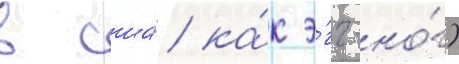
в сша́ ка́к э́гг-но́г)